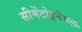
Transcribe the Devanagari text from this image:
सीमेंटोइनेमल